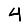
Digit: 4